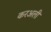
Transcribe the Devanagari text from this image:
करअली